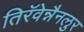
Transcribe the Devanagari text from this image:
तिरॅवेन्नैनलुर